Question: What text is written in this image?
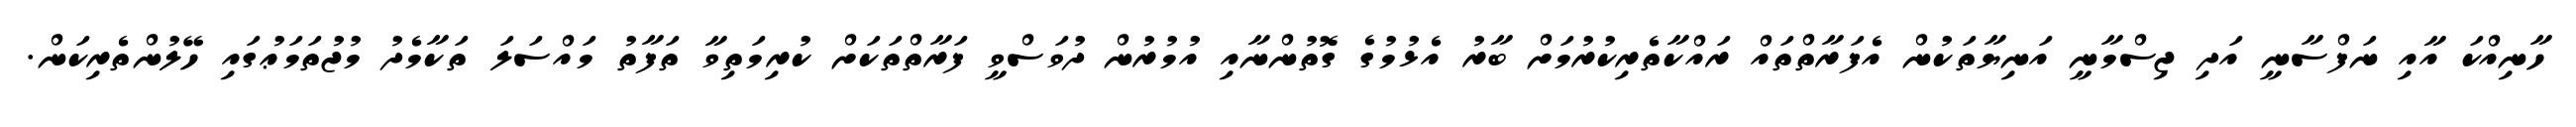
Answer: ހާނިއްކަ އާއި ނަފްސާނީ އަދި ޖިސްމާނީ އަނިޔާތަކުން އެފަރާތްތައް ރައްކާތެރިކުރުމަށް ބާރު އެޅުމުގެ ގޮތުންނާއި އުމުރުން ދުވަސްވީ ފަރާތްތަކަށް ކުރިމަތިވާ ތަފާތު މައްސަލަ ތަކާމެދު މުޖުތަމަޢުގައި ހޭލުންތެރިކަން.